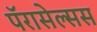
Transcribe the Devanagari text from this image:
पॅरासेल्सस